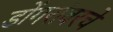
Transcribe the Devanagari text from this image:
डोंगरांवरचे